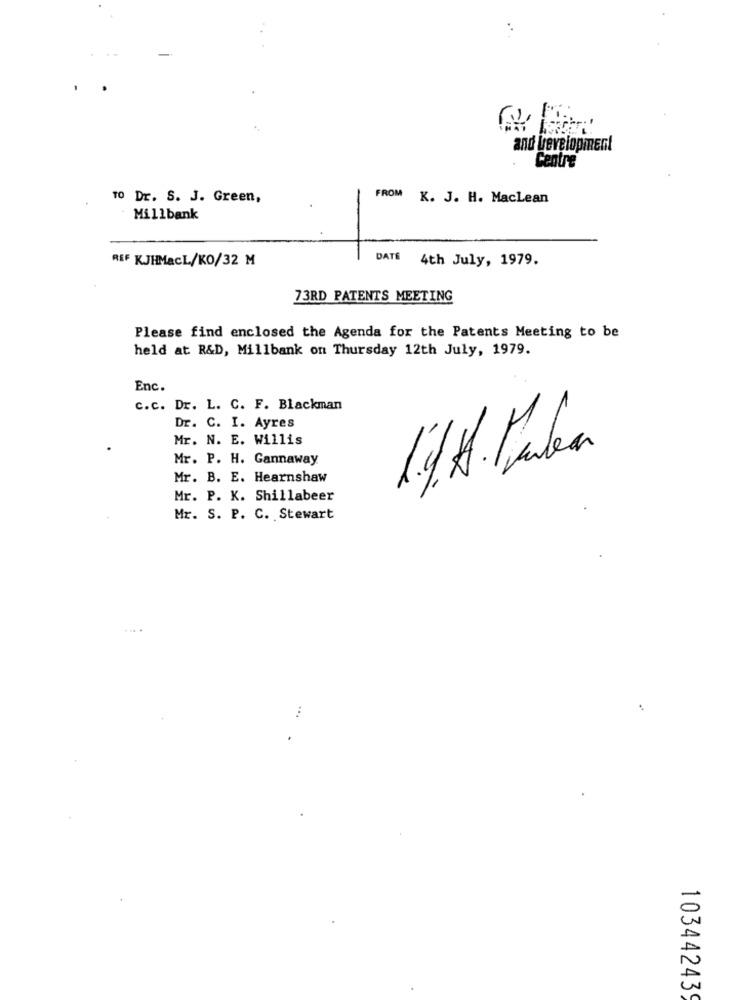
and Development
Centre
TO Dr. S. J. Green,
FROM K. J. H. Maclean
Millbank
REF KJHMacL/KO/32 M
DATE
4th July, 1979.
73RD PATENTS MEETING
Please find enclosed the Agenda for the Patents Meeting to be
held at R&D, Millbank on Thursday 12th July, 1979.
Enc.
c.c. Dr. L. C. F. Blackman
Dr. C. I. Ayres
Mr. N. E. Willis
Mr. P. H. Gannaway
Mr. B. E. Hearnshaw
Mr. P. K. Shillabeer
Mr. S. P. C. Stewart
103442439